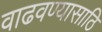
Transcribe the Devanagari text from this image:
वाढवण्यासाठि